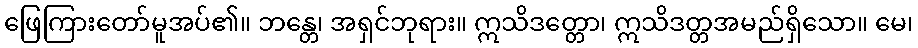
ဖြေကြားတော်မူအပ်၏။ ဘန္တေ၊ အရှင်ဘုရား။ ဣသိဒတ္တော၊ ဣသိဒတ္တအမည်ရှိသော။ မေ၊